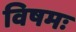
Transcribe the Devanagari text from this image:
विषमः